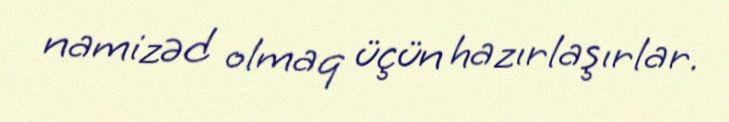
namizəd olmaq üçün hazırlaşırlar.